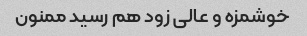
خوشمزه و عالی زود هم رسید ممنون